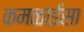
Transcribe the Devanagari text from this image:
कमळाईसा